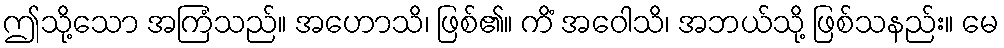
ဤသို့သော အကြံသည်။ အဟောသိ၊ ဖြစ်၏။ ကိံ အဝေါသိ၊ အဘယ်သို့ ဖြစ်သနည်း။ မေ